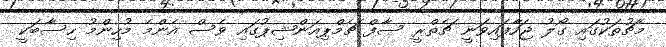
މެޗުތަކުގައި ގޯލު ޖަހާފައިވަނީ ޗެތްރީ ސާފް ޗެމްޕިއަންޝިޕުގައި ވެސް އެންމެ މުހިންމު ހިސާބަކީ